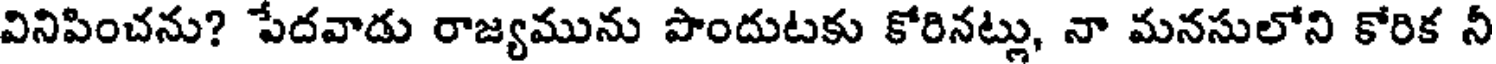
వినిపించను? పేదవాడు రాజ్యమును పొందుటకు కోరినట్లు, నా మనసులోని కోరిక నీ